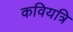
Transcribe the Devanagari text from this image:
कवियत्रि